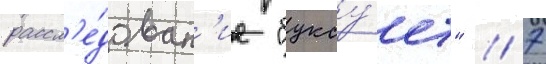
рассл'е́дован'ие "буксу́ет" // 7